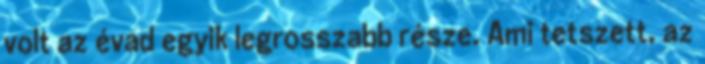
volt az évad egyik legrosszabb része. Ami tetszett, az